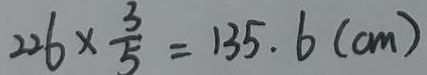
2 2 6 \times \frac { 3 } { 5 } = 1 3 5 . 6 ( c m )